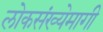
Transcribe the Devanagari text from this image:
लोकसंख्येमागी